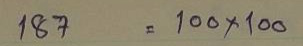
187 = 100x100